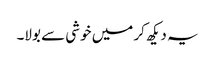
یہ دیکھ کر میں خوشی سے بولا۔